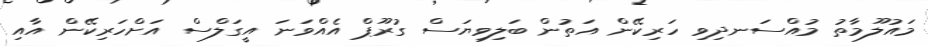
މައުލޫމާތު މުއްސަނދިވި ހަރިކޭން އަތުން ބަލިވިޔަސް ގުރޫޕް އެއްވަނަ އީގަލްސް އަށްހަރިކޭން އާއި